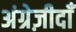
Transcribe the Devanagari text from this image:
अंग्रेज़ीदाँ